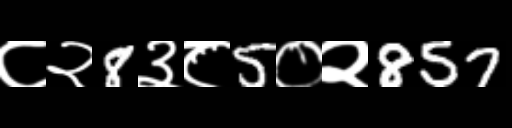
Text: ८२8३८5०२857